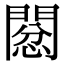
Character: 𢡙